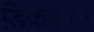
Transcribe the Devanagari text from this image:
डिकसोन